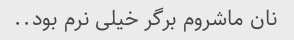
نان ماشروم برگر خیلی نرم بود..